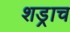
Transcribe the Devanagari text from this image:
शड्राच